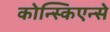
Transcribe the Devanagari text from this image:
कोन्स्किएन्से